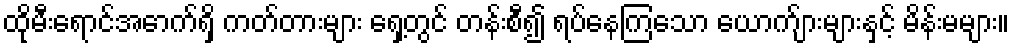
ထိုမီးရောင်အောက်ရှိ ကတ်တားများ ရှေ့တွင် တန်းစီ၍ ရပ်နေကြသော ယောက်ျားများနှင့် မိန်းမများ။